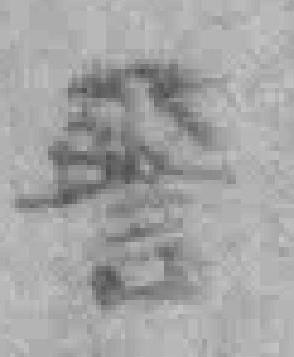
警